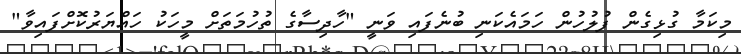
މިކަމާ ގުޅިގެން ފުލުުހުން ހަމައެކަނި ބުނެފައި ވަނީ "ހާދިސާގެ ތުހުމަތަށް މީހަކު ހައްޔަރުކޮށްފައިވާ"